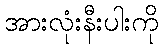
အားလုံးနီးပါးကို